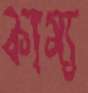
কাম্য